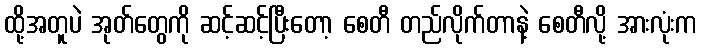
ထို့အတူပဲ အုတ်တွေကို ဆင့်ဆင့်ပြီးတော့ စေတီ တည်လိုက်တာနဲ့ စေတီလို့ အားလုံးက